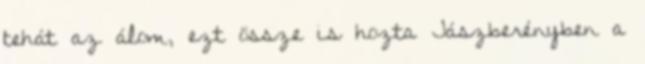
tehát az álom, ezt össze is hozta Jászberényben a